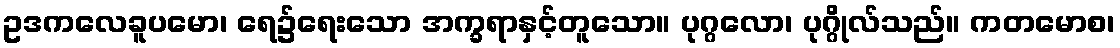
ဥဒကလေခူပမော၊ ရေ၌ရေးသော အက္ခရာနှင့်တူသော။ ပုဂ္ဂလော၊ ပုဂ္ဂိုလ်သည်။ ကတမောစ၊